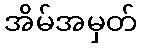
အိမ်အမှတ်